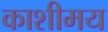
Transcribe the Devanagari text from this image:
काशीमय